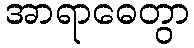
အာရာဓေတွာ